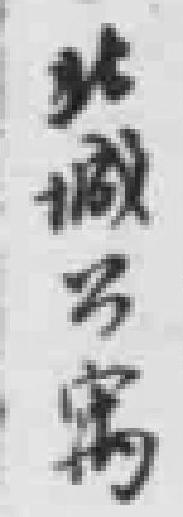
北城公寓